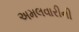
અમલવારીની